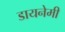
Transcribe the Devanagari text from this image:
डायनेमी